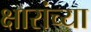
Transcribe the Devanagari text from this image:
क्षारांच्या